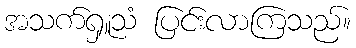
အသက်ရှူသံ ပြင်းလာကြသည်။